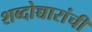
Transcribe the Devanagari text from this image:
शब्दोच्चारांची